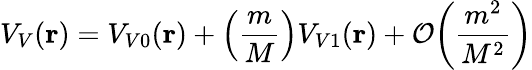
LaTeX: V_{V}({\mathbf r})=V_{V0}({\mathbf r})+\left(\frac{m}{M}\right)V_{V1}({\mathbf r})+{\cal O}\bigg(\frac{m^{2}}{M^{2}}\bigg)